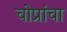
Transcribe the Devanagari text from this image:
चोप्रांचा